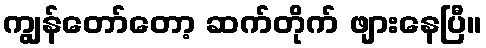
ကျွန်တော်တော့ ဆက်တိုက် ဖျားနေပြီ။